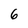
Character: 6